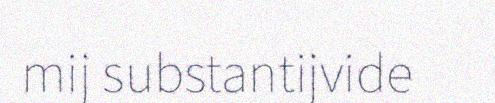
mij substantijvide